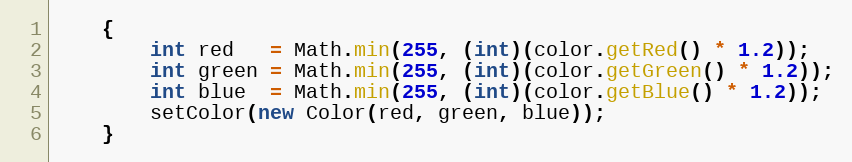
Language: Java
	{
		int red   = Math.min(255, (int)(color.getRed() * 1.2));
		int green = Math.min(255, (int)(color.getGreen() * 1.2));
		int blue  = Math.min(255, (int)(color.getBlue() * 1.2));
		setColor(new Color(red, green, blue));
	}